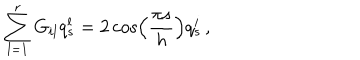
\sum _ { l = 1 } ^ { r } G _ { i l } q _ { s } ^ { l } = 2 \cos \left( \frac { \pi s } { h } \right) q _ { s } ^ { i } \, ,